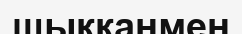
шыққанмен